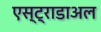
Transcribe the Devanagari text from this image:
एस्ट्राडाअल